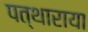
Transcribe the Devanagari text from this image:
पत्थाराया